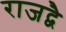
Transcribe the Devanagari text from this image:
राजद्वै